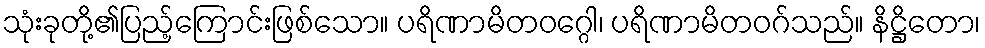
သုံးခုတို့၏ပြည့်ကြောင်းဖြစ်သော။ ပရိဏာမိတဝဂ္ဂေါ၊ ပရိဏာမိတဝဂ်သည်။ နိဋ္ဌိတော၊